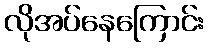
လိုအပ်နေကြောင်း